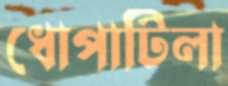
ধোপাটিলা